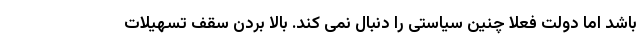
باشد اما دولت فعلا چنین سیاستی را دنبال نمی کند. بالا بردن سقف تسهیلات